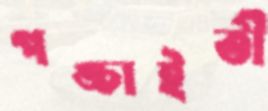
পঙ্চাইতী